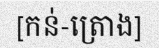
[កន់-ត្រោង]